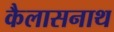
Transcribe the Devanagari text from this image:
कैलासनाथ